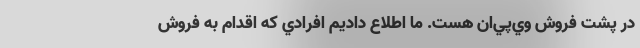
در پشت فروش وي‌پي‌ان هست. ما اطلاع داديم افرادي كه اقدام به فروش